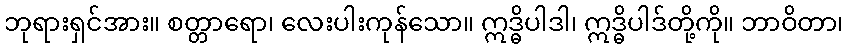
ဘုရားရှင်အား။ စတ္တာရော၊ လေးပါးကုန်သော။ ဣဒ္ဓိပါဒါ၊ ဣဒ္ဓိပါဒ်တို့ကို။ ဘာဝိတာ၊